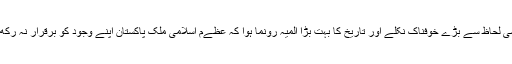
1970ءکے انتخابات کے نتائج سیاسی لحاظ سے بڑے خوفناک نکلے اور تاریخ کا بہت بڑا المیہ رونما ہوا کہ عظےم اسلامی ملک پاکستان اپنے وجود کو برقرار نہ رکھ سکا اور دو حصوں میں تقسیم ہو گیا۔